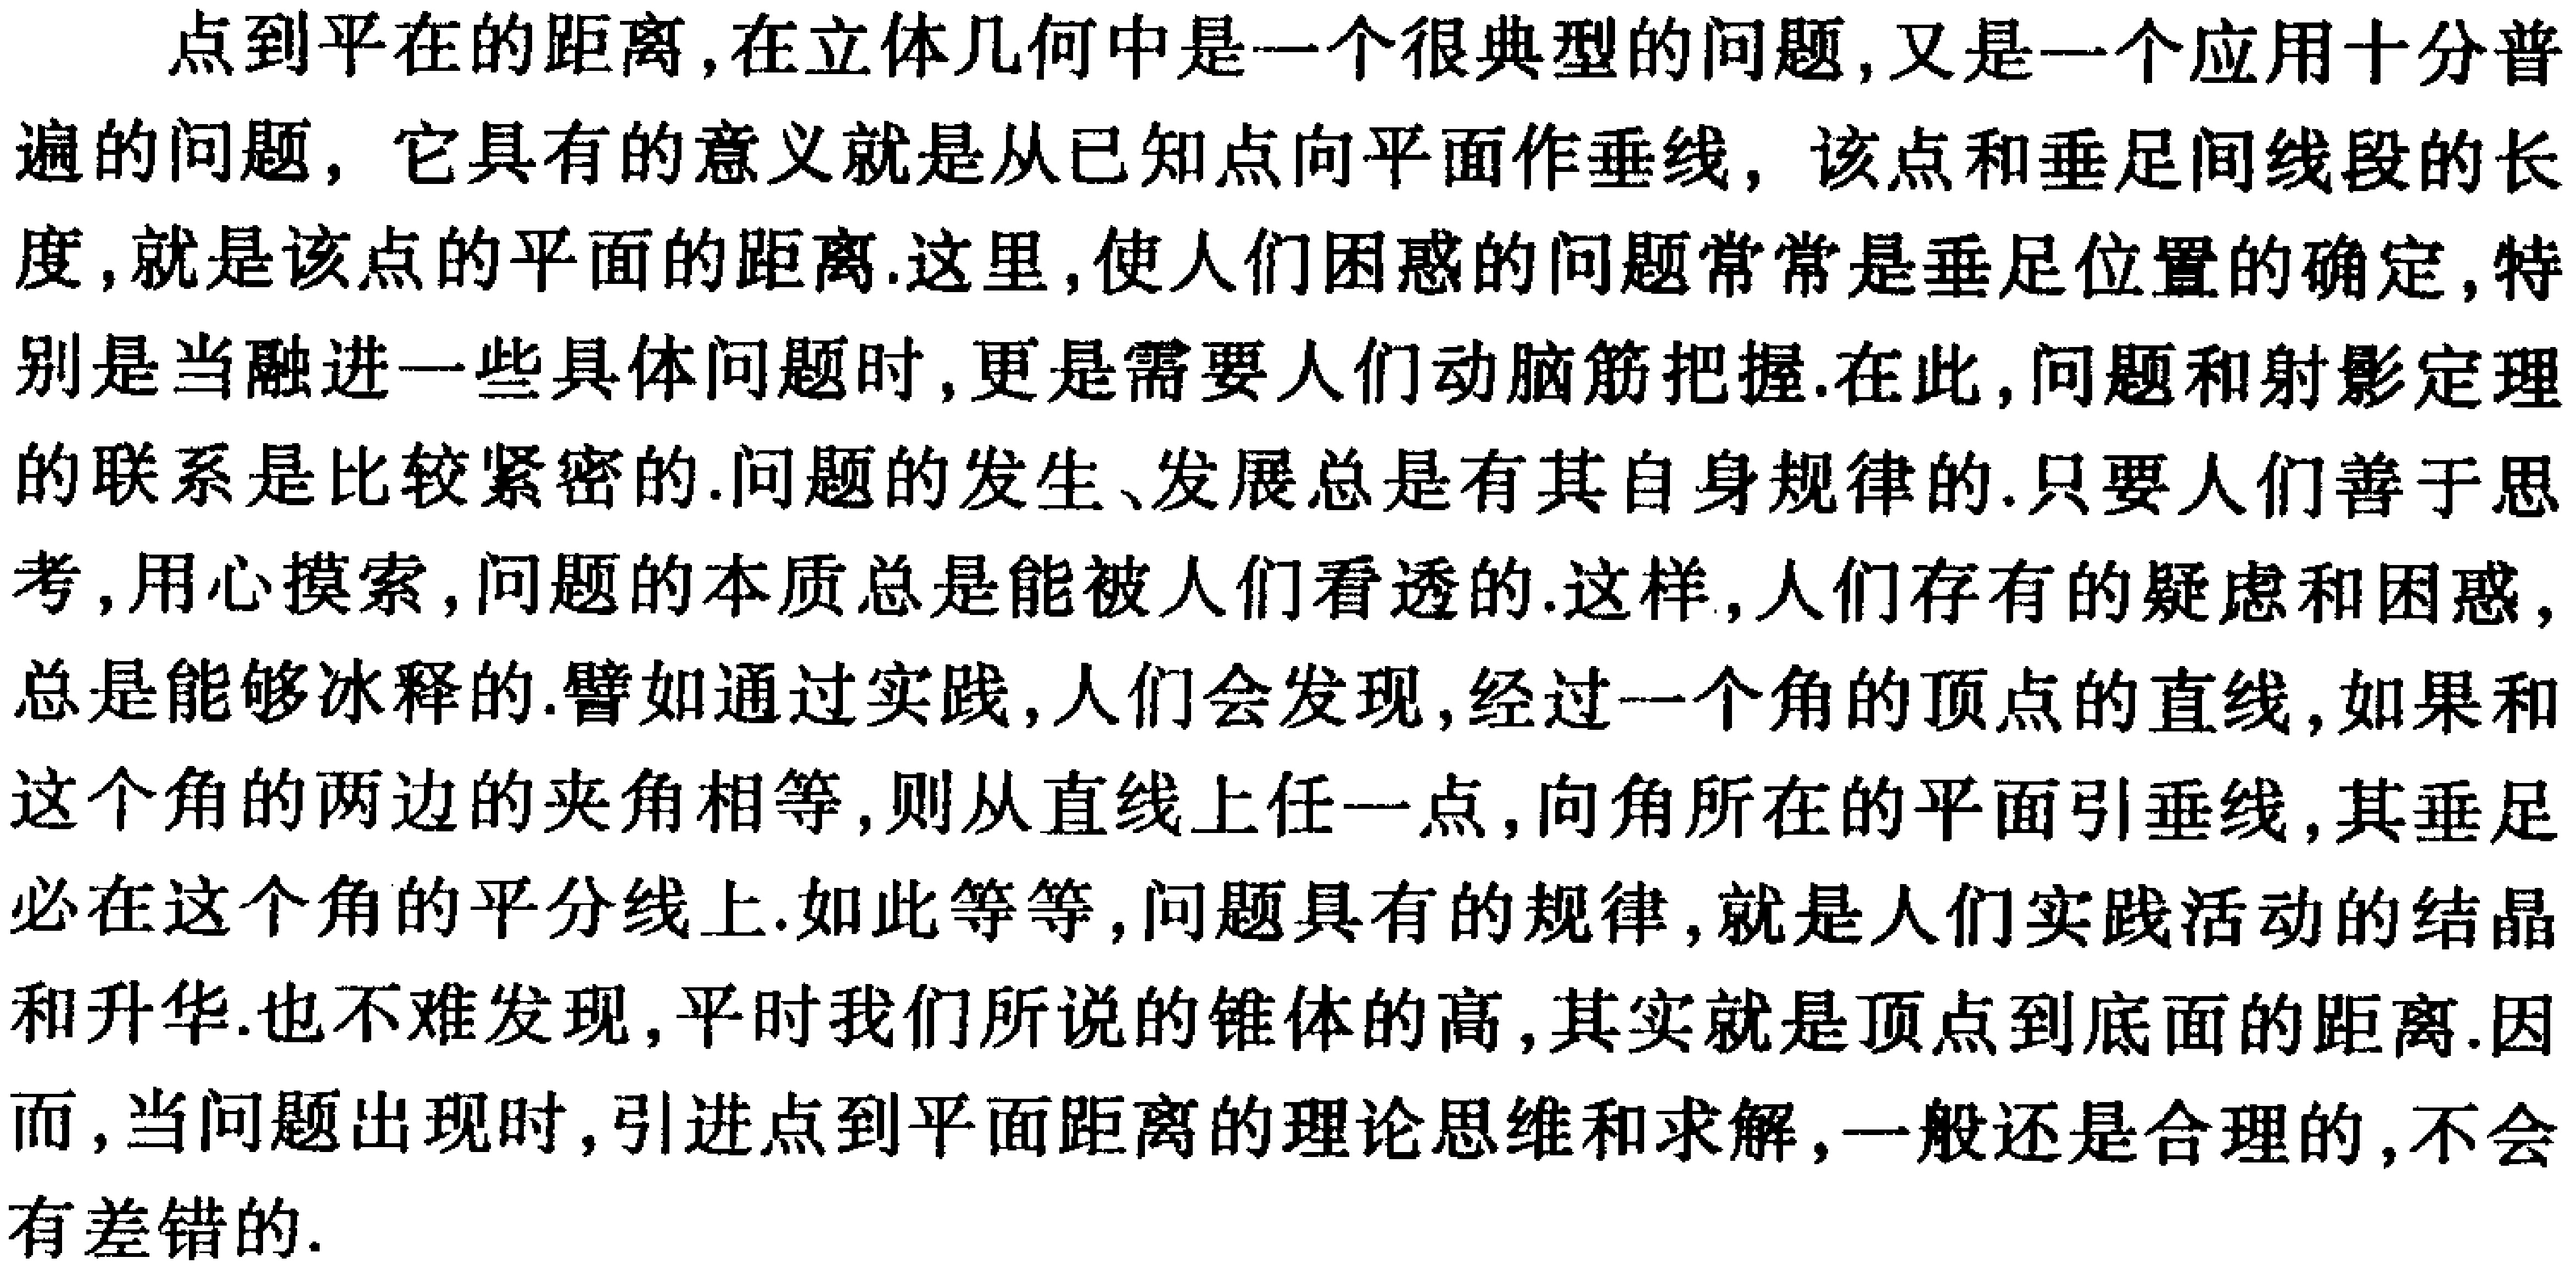
点到平在的距离,在立体几何中是一个很典型的问题,又是一个应用十分普
遍的问题，它具有的意义就是从已知点向平面作垂线，该点和垂足间线段的长
度,就是该点的平面的距离.这里,使人们困惑的问题常常是垂足位置的确定,特
别是当融进一些具体问题时,更是需要人们动脑筋把握.在此,问题和射影定理
的联系是比较紧密的.问题的发生、发展总是有其自身规律的.只要人们善于思
考,用心摸索,问题的本质总是能被人们看透的.这样,人们存有的疑虑和困惑,
总是能够冰释的.譬如通过实践,人们会发现,经过一个角的顶点的直线,如果和
这个角的两边的夹角相等,则从直线上任一点,向角所在的平面引垂线,其垂足
必在这个角的平分线上.如此等等,问题具有的规律,就是人们实践活动的结晶
和升华.也不难发现,平时我们所说的锥体的高,其实就是顶点到底面的距离.因
而,当问题出现时,引进点到平面距离的理论思维和求解,一般还是合理的,不会
有差错的.